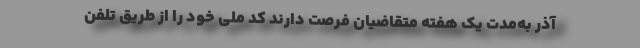
آذر به‌مدت یک هفته متقاضیان فرصت دارند کد ملی خود را از طریق تلفن